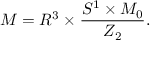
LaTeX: { \cal M } = R ^ { 3 } \times \frac { S ^ { 1 } \times { \cal M } _ { 0 } } { Z _ { 2 } } .